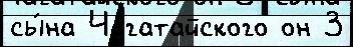
сы́на Чагатайского он 3